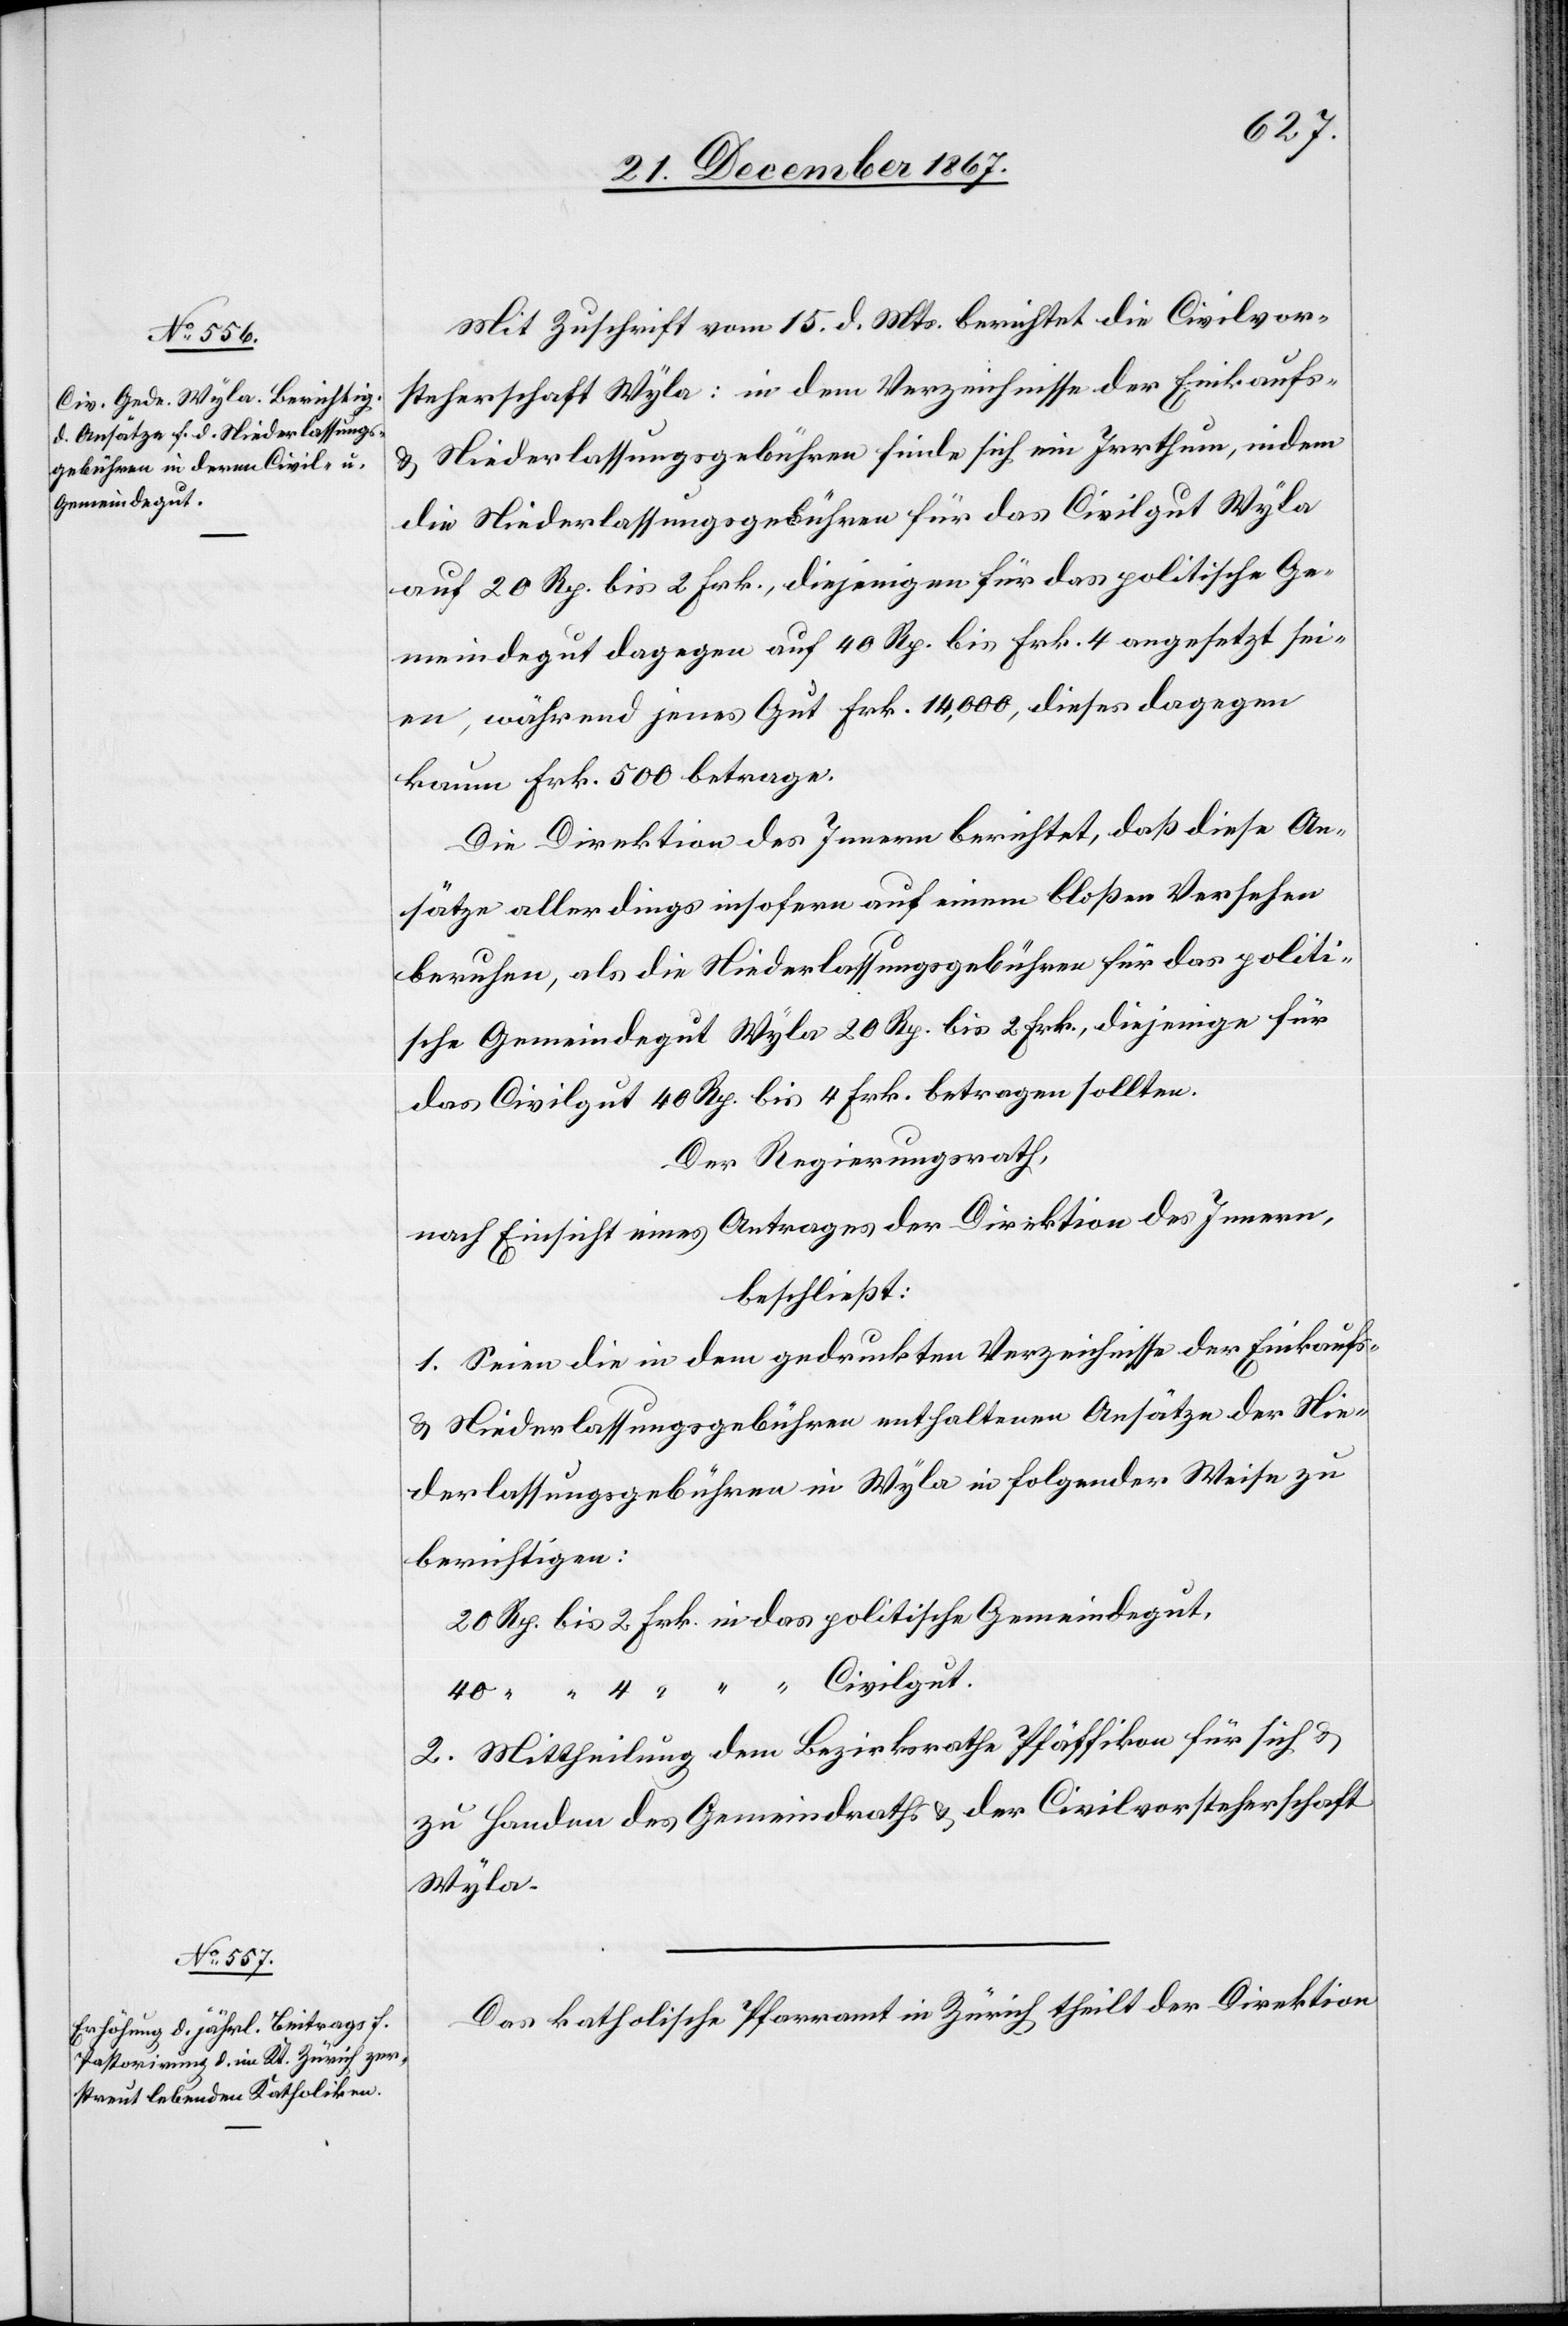
Gemeindegut,

Mit Zuschrift vom 15. d. Mts. berichtet die Civilvor¬
steherschaft Wyla: in dem Verzeichnisse der Einkaufs-
u. Niederlassungsgebühren finde sich ein Irrthum, indem
die Niederlassungsgebühren für das Civilgut Wyla
auf 20 Rp. bis 2 Frk., diejenigen für das politische Ge¬
meindegut dagegen auf 40 Rp. bis Frk. 4 angesetzt sei¬
en, während jenes Gut Frk. 14 000, dieses dagege¬
n Frk. 500 betrage.
Die Direktion des Innern berichtet, daß diese An¬
sätze allerdings insofern auf einem bloßen Versehen
beruhen, als die Niederlassungsgebühren für das politi¬
sche Gemeindegut Wyla 20 Rp. bis 2 Frk., diejenige für
das Civilgut 40 Rp. bis 4 Frk. betragen sollten.
Der Regierungsrath;
nach Einsicht eines Antrages der Direktion des Innern,
beschließt:
1. Seien die in dem gedruckten Verzeichnisse der Einkaufs-
u. Niederlassungsgebühren enthaltenen Ansätze der Nie¬
derlassungsgebühren in Wyla in folgender Weise zu
berichtigen:
2. Mittheilung dem Bezirksrathe Pfäffikon für sich u.
zu Handen des Gemeindraths- u. der Civilvorsteherschaft
Wyla.
Das katholische Pfarramt in Zürich theilt der Direktion